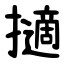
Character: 擿